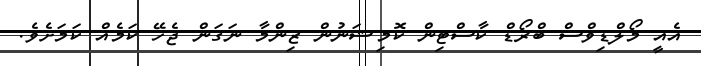
އެއީ މޯލްޑިވްސް ބްރޯޑް ކާސްޓިން ކޮމިޝަނުން ޒިންމާ ނަގަން ޖެހޭ ކަމެއް ކަމަށެވެ.